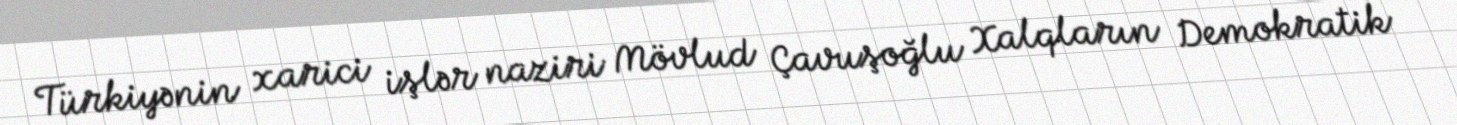
Türkiyənin xarici işlər naziri Mövlud Çavuşoğlu Xalqların Demokratik